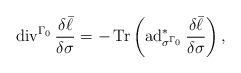
LaTeX: \begin{align*}\operatorname{div}^{\Gamma_0}\frac{\delta\bar\ell}{\delta\sigma}=-\operatorname{Tr}\left(\operatorname{ad}^*_{\sigma^{\Gamma_0}}\frac{\delta\bar\ell}{\delta\sigma}\right),\end{align*}